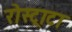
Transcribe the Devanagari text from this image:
रोस्ट्राटा